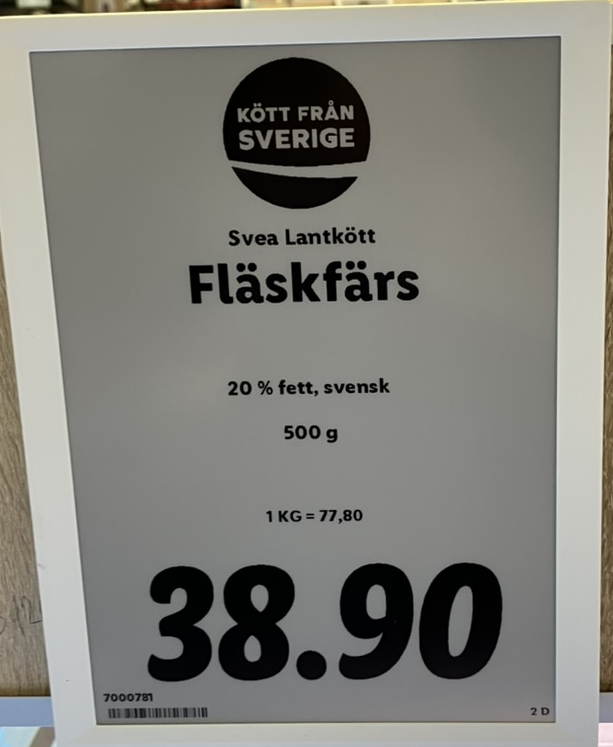
Vara: Fläskfärs
Genomsnittspris: 77.8 per kg